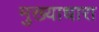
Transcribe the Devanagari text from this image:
मुख्याधारा